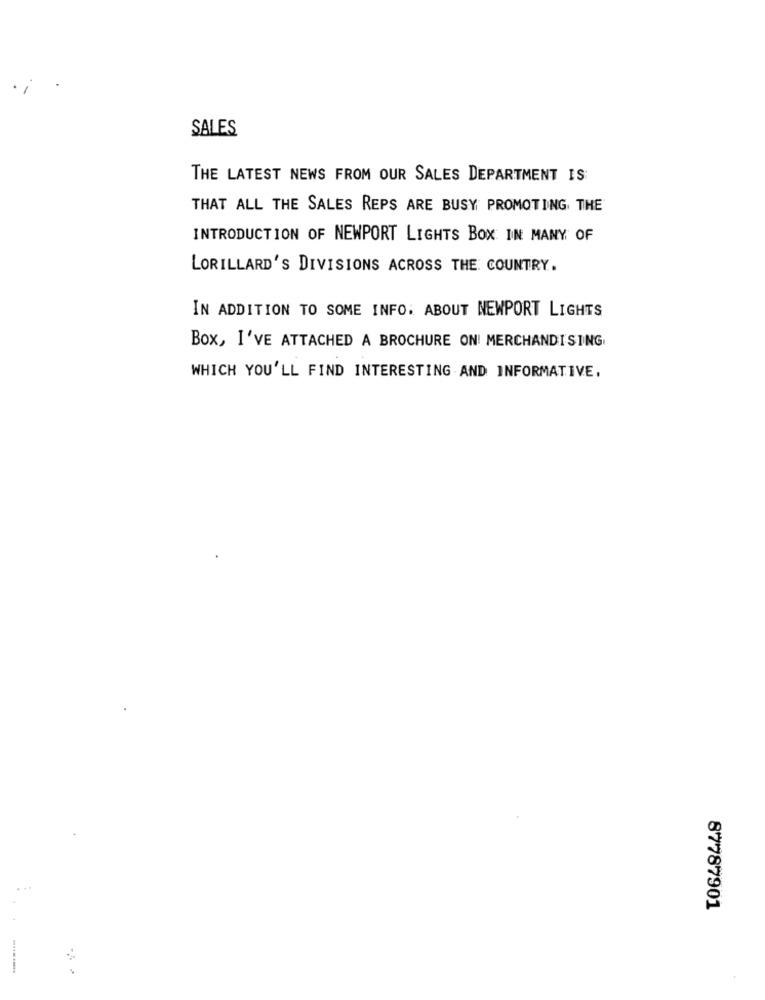
SALES
THE LATEST NEWS FROM OUR SALES DEPARTMENT IS
THAT ALL THE SALES REPS ARE BUSY PROMOTING THE
INTRODUCTION OF NEWPORT LIGHTS BOX IN MANY OF
LORILLARD'S DIVISIONS ACROSS THE COUNTRY.
IN ADDITION TO SOME INFO. ABOUT NEWPORT LIGHTS
Box, I'VE ATTACHED A BROCHURE ON! MERCHANDISING
WHICH YOU'LL FIND INTERESTING AND INFORMATIVE,
87787901